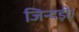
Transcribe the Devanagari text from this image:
जिन्दड़ी।